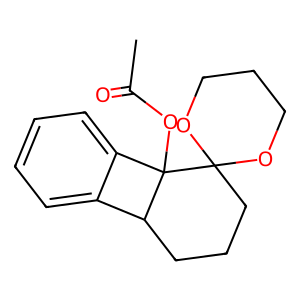
SMILES: CC(=O)OC12c3ccccc3C1CCCC21OCCCO1
Inhibits HIV replication: No